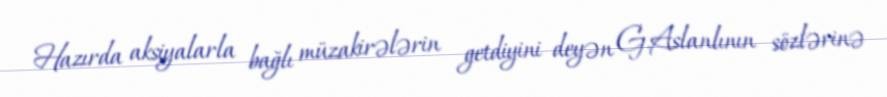
Hazırda aksiyalarla bağlı müzakirələrin getdiyini deyən G.Aslanlının sözlərinə